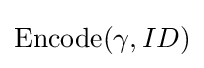
{\textrm {Encode}}(\gamma ,ID)